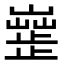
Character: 𣦣